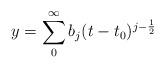
\begin{align*}y=\sum_{0}^{\infty}b_{j}(t-t_{0})^{j-\frac{1}{2}}\end{align*}